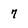
Character: 7